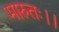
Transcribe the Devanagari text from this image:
मारुतः।।